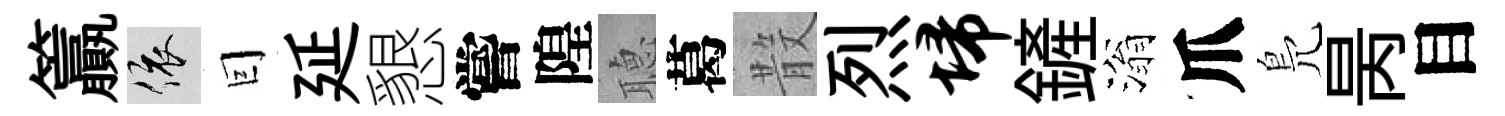
籯依囙延懇嘗隍𦗟葛𣪚烈埽鏟滃爪鳬昺目